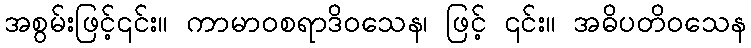
အစွမ်းဖြင့်၎င်း။ ကာမာဝစရာဒိဝသေန၊ ဖြင့် ၎င်း။ အဓိပတိဝသေန